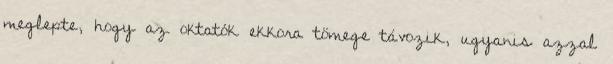
meglepte, hogy az oktatók ekkora tömege távozik, ugyanis azzal